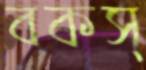
বকস্